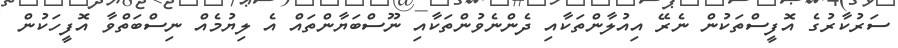
ސަރުކާރުގެ އޮފީސްތަކުން ނެރޭ އިއުލާންތަކާއި ދެންނެވުންތަކާއި ނޫސްބަޔާންތައް އެ ލިޔުމެއް ނިސްބަތްވާ އޮފީހަކުން